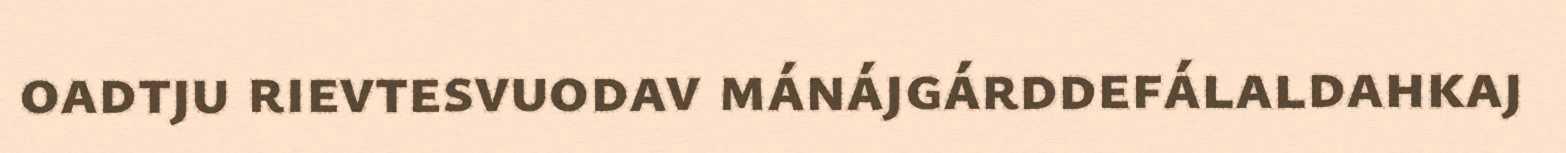
oadtju rievtesvuodav mánájgárddefálaldahkaj